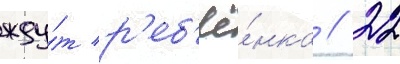
жду́т р'еб'ё́нка // 22